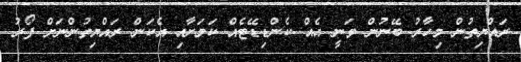
ރައްޔިތުން މިހާރު ބޭނުން ވަނީ އެއް ކެންޑިޑޭޓެއް ކަމަށާއި އެކަން ރައްޔިތުންނަށް ފޯރު